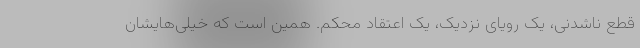
قطع ناشدنی، یک رویای نزدیک، یک اعتقاد محکم. همین است که خیلی‌هایشان